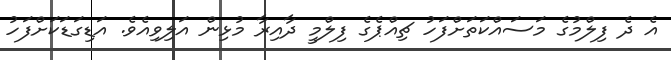
އެ ދެ ފިލްމުގެ މަސައްކަތަށްފަހު ޗިއްޕެގެ ފިލްމީ ދާއިރާ މުޅިން އަލިވިއެވެ. އަޑިގަޑަކަށްފަހު